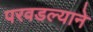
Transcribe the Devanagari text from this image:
परवडल्याने